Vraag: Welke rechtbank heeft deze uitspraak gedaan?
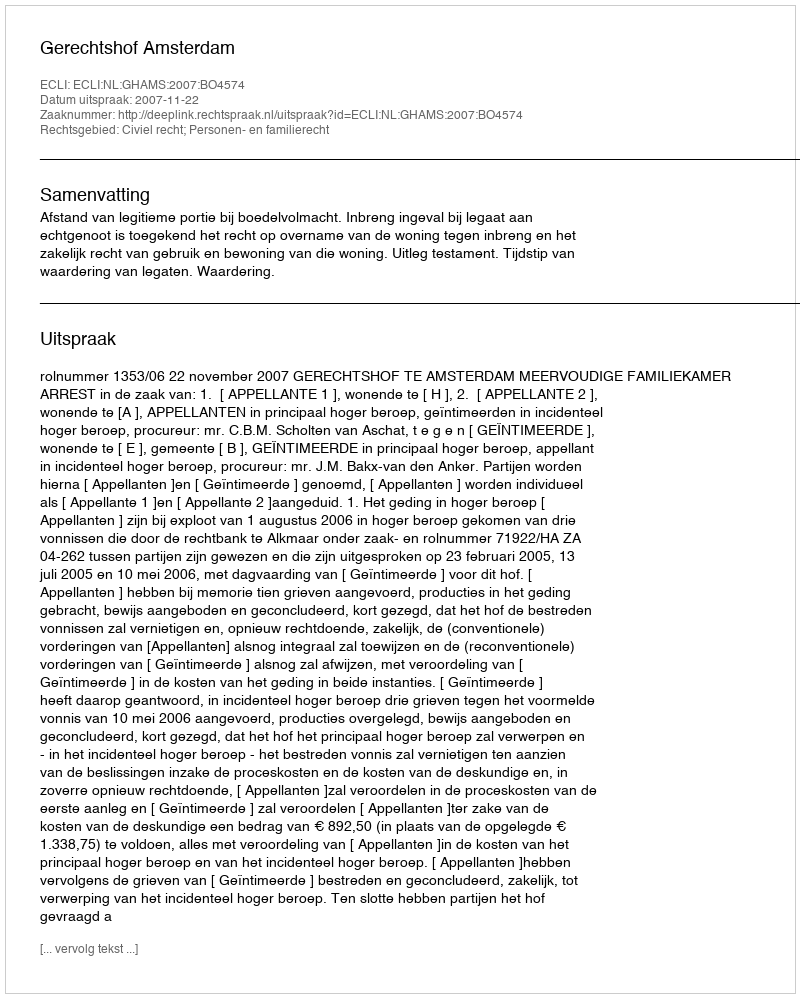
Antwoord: Gerechtshof Amsterdam